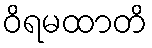
ဝိရမထာတိ